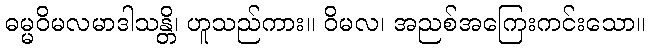
ဓမ္မဝိမလမာဒါသန္တိ၊ ဟူသည်ကား။ ဝိမလ၊ အညစ်အကြေးကင်းသော။